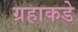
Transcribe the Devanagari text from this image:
ग्रहाकडे